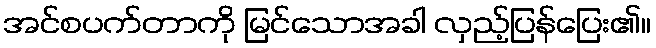
အင်စပက်တာကို မြင်သောအခါ လှည့်ပြန်ပြေး၏။